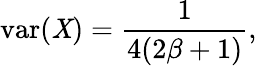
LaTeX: \operatorname{var}(\mathit{X})={\frac{{1}}{{4(2\beta+1)}}},